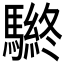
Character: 𲌀